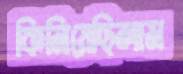
কিনিয়েছিলাম